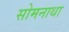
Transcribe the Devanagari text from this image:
सोमनाथा